Civil Veterinary Department ledger series I-VI
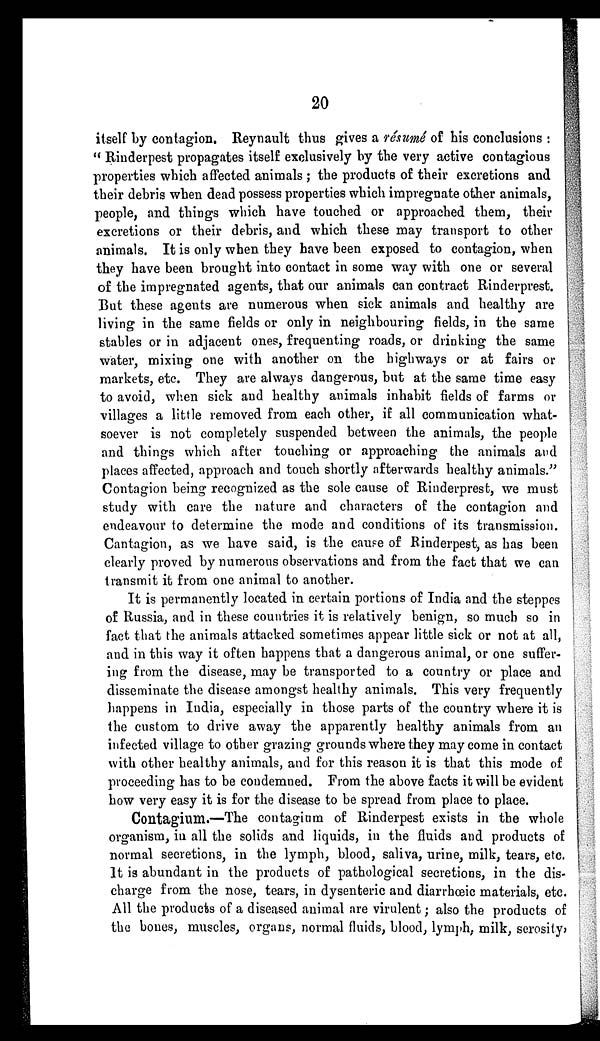
20
itself by contagion. Reynault thus gives a résumé of his conclusions :
" Rinderpest propagates itself exclusively by the very active contagious
properties which affected animals ; the products of their excretions and
their debris when dead possess properties which impregnate other animals,
people, and things which have touched or approached them, their
excretions or their debris, and which these may transport to other
animals. It is only when they have been exposed to contagion, when
they have been brought into contact in some way with one or several
of the impregnated agents, that our animals can contract Rinderprest.
But these agents are numerous when sick animals and healthy are
living in the same fields or only in neighbouring fields, in the same
stables or in adjacent ones, frequenting roads, or drinking the same
water, mixing one with another on the highways or at fairs or
markets, etc. They are always dangerous, but at the same time easy
to avoid, when sick and healthy animals inhabit fields of farms or
villages a little removed from each other, if all communication what-
soever is not completely suspended between the animals, the people
and things which after touching or approaching the animals and
places affected, approach and touch shortly afterwards healthy animals."
Contagion being recognized as the sole cause of Rinderprest, we must
study with care the nature and characters of the contagion and
endeavour to determine the mode and conditions of its transmission.
Cantagion, as we have said, is the cause of Rinderpest, as has been
clearly proved by numerous observations and from the fact that we can
transmit it from one animal to another.
It is permanently located in certain portions of India and the steppes
of Russia, and in these countries it is relatively benign, so much so in
fact that the animals attacked sometimes appear little sick or not at all,
and in this way it often happens that a dangerous animal, or one suffer-
ing from the disease, may be transported to a country or place and
disseminate the disease amongst healthy animals. This very frequently
happens in India, especially in those parts of the country where it is
the custom to drive away the apparently healthy animals from an
infected village to other grazing grounds where they may come in contact
with other healthy animals, and for this reason it is that this mode of
proceeding has to be condemned. From the above facts it will be evident
how very easy it is for the disease to be spread from place to place.
Contagium.—The contagium of Rinderpest exists in the whole
organism, in all the solids and liquids, in the fluids and products of
normal secretions, in the lymph, blood, saliva, urine, milk, tears, etc.
It is abundant in the products of pathological secretions, in the dis
charge from the nose, tears, in dysenteric and diarrhœic materials, etc.
All the products of a diseased animal are virulent; also the products of
the bones, muscles, organs, normal fluids, blood, lymph, milk, serosity,